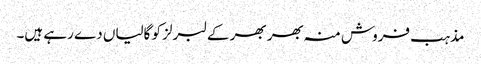
مذہب فروش منہ بھر بھر کے لبرلز کو گالیاں دے رہے ہیں۔